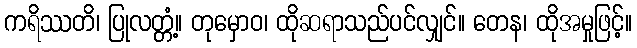
ကရိဿတိ၊ ပြုလတ္တံ့။ တုမှောဝ၊ ထိုဆရာသည်ပင်လျှင်။ တေန၊ ထိုအမှုဖြင့်။